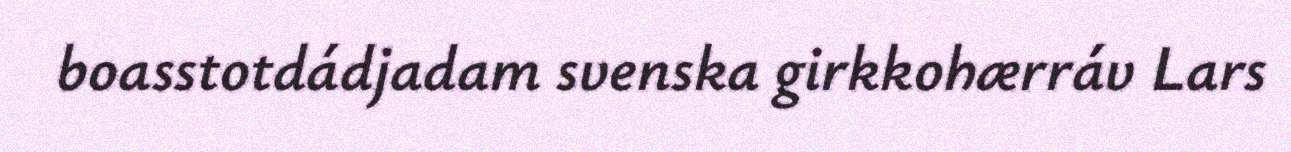
boasstotdádjadam svenska girkkohærráv Lars